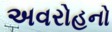
અવરોહનો